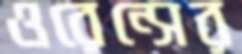
ওরেন্সের